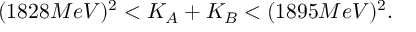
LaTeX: ( 1 8 2 8 M e V ) ^ { 2 } < K _ { A } + K _ { B } < ( 1 8 9 5 M e V ) ^ { 2 } .